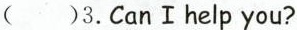
( )3.CanⅠhelp you?